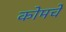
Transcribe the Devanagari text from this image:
कोमचे